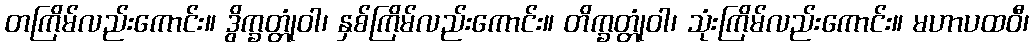
တကြိမ်လည်းကောင်း။ ဒွိက္ခတ္တုံဝါ၊ နှစ်ကြိမ်လည်းကောင်း။ တိက္ခတ္တုံဝါ၊ သုံးကြိမ်လည်းကောင်း။ မဟာပထဝီ၊